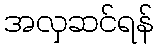
အလှဆင်ရန်